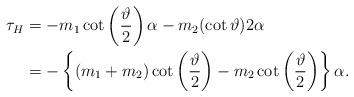
LaTeX: \begin{align*}\tau_{H}&=-m_{1}\cot \left( \frac{\vartheta}{2}\right) \alpha -m_{2}(\cot \vartheta ) 2\alpha \\&=-\left\{ (m_{1}+m_{2})\cot \left( \frac{\vartheta}{2}\right) -m_{2}\cot \left( \frac{\vartheta}{2}\right) \right\}\alpha. \end{align*}